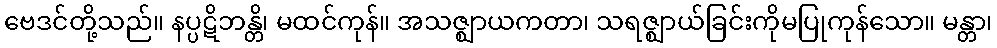
ဗေဒင်တို့သည်။ နပ္ပဋိဘန္တိ၊ မထင်ကုန်။ အသဇ္ဈာယကတာ၊ သရဇ္ဈာယ်ခြင်းကိုမပြုကုန်သော။ မန္တာ၊